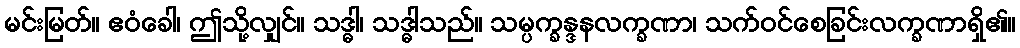
မင်းမြတ်။ ဧဝံခေါ၊ ဤသို့လျှင်။ သဒ္ဓါ၊ သဒ္ဓါသည်။ သမ္ပက္ခန္ဒနလက္ခဏာ၊ သက်ဝင်စေခြင်းလက္ခဏာရှိ၏။